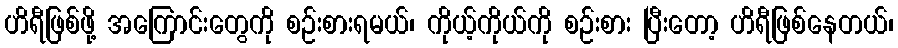
ဟိရီဖြစ်ဖို့ အကြောင်းတွေကို စဉ်းစားရမယ်၊ ကိုယ့်ကိုယ်ကို စဉ်းစား ပြီးတော့ ဟိရီဖြစ်နေတယ်၊